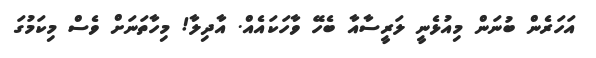
އަހަރެން ބުނަން މިއުޅެނީ ލަރީސާއާ ބެހޭ ވާހަކައެއް. އާދިލާ! މިހާތަނަށް ވެސް މިކަމުގަ